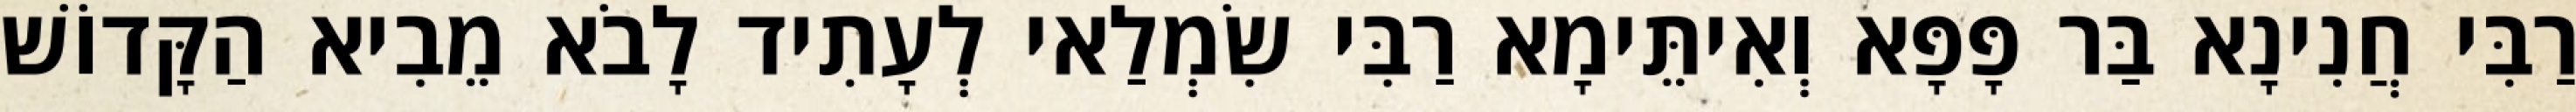
רַבִּי חֲנִינָא בַּר פָּפָּא וְאִיתֵּימָא רַבִּי שִׂמְלַאי לְעָתִיד לָבֹא מֵבִיא הַקָּדוֹשׁ